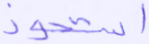
استحوذ